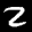
Label: 2